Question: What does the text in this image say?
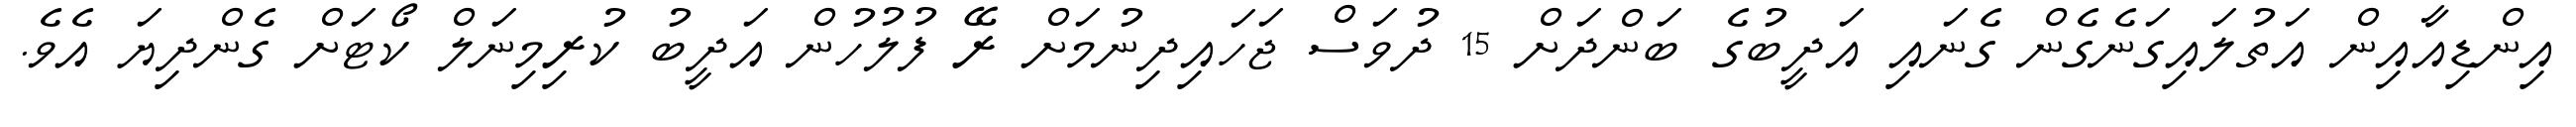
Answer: އިންޑިއާއިން އަތުލައިގަނެގެން ގެނައި އަދީބުގެ ބަންދަށް 15 ދުވަސް ޖަހައިދިނުމަށް ރޭ ފުލުހުން އަދީބު ކުރިމިނަލް ކޯޓަށް ގެންދިޔަ އެވެ.